画像に写った文字を読んでください
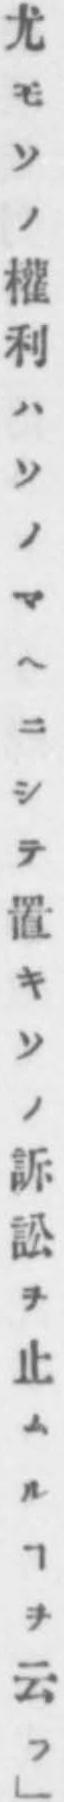
「尤モソノ權利ハソノマヘニシテ置キソノ訴訟ヲ止ムルヿヲ云フ｣」と書いてあります